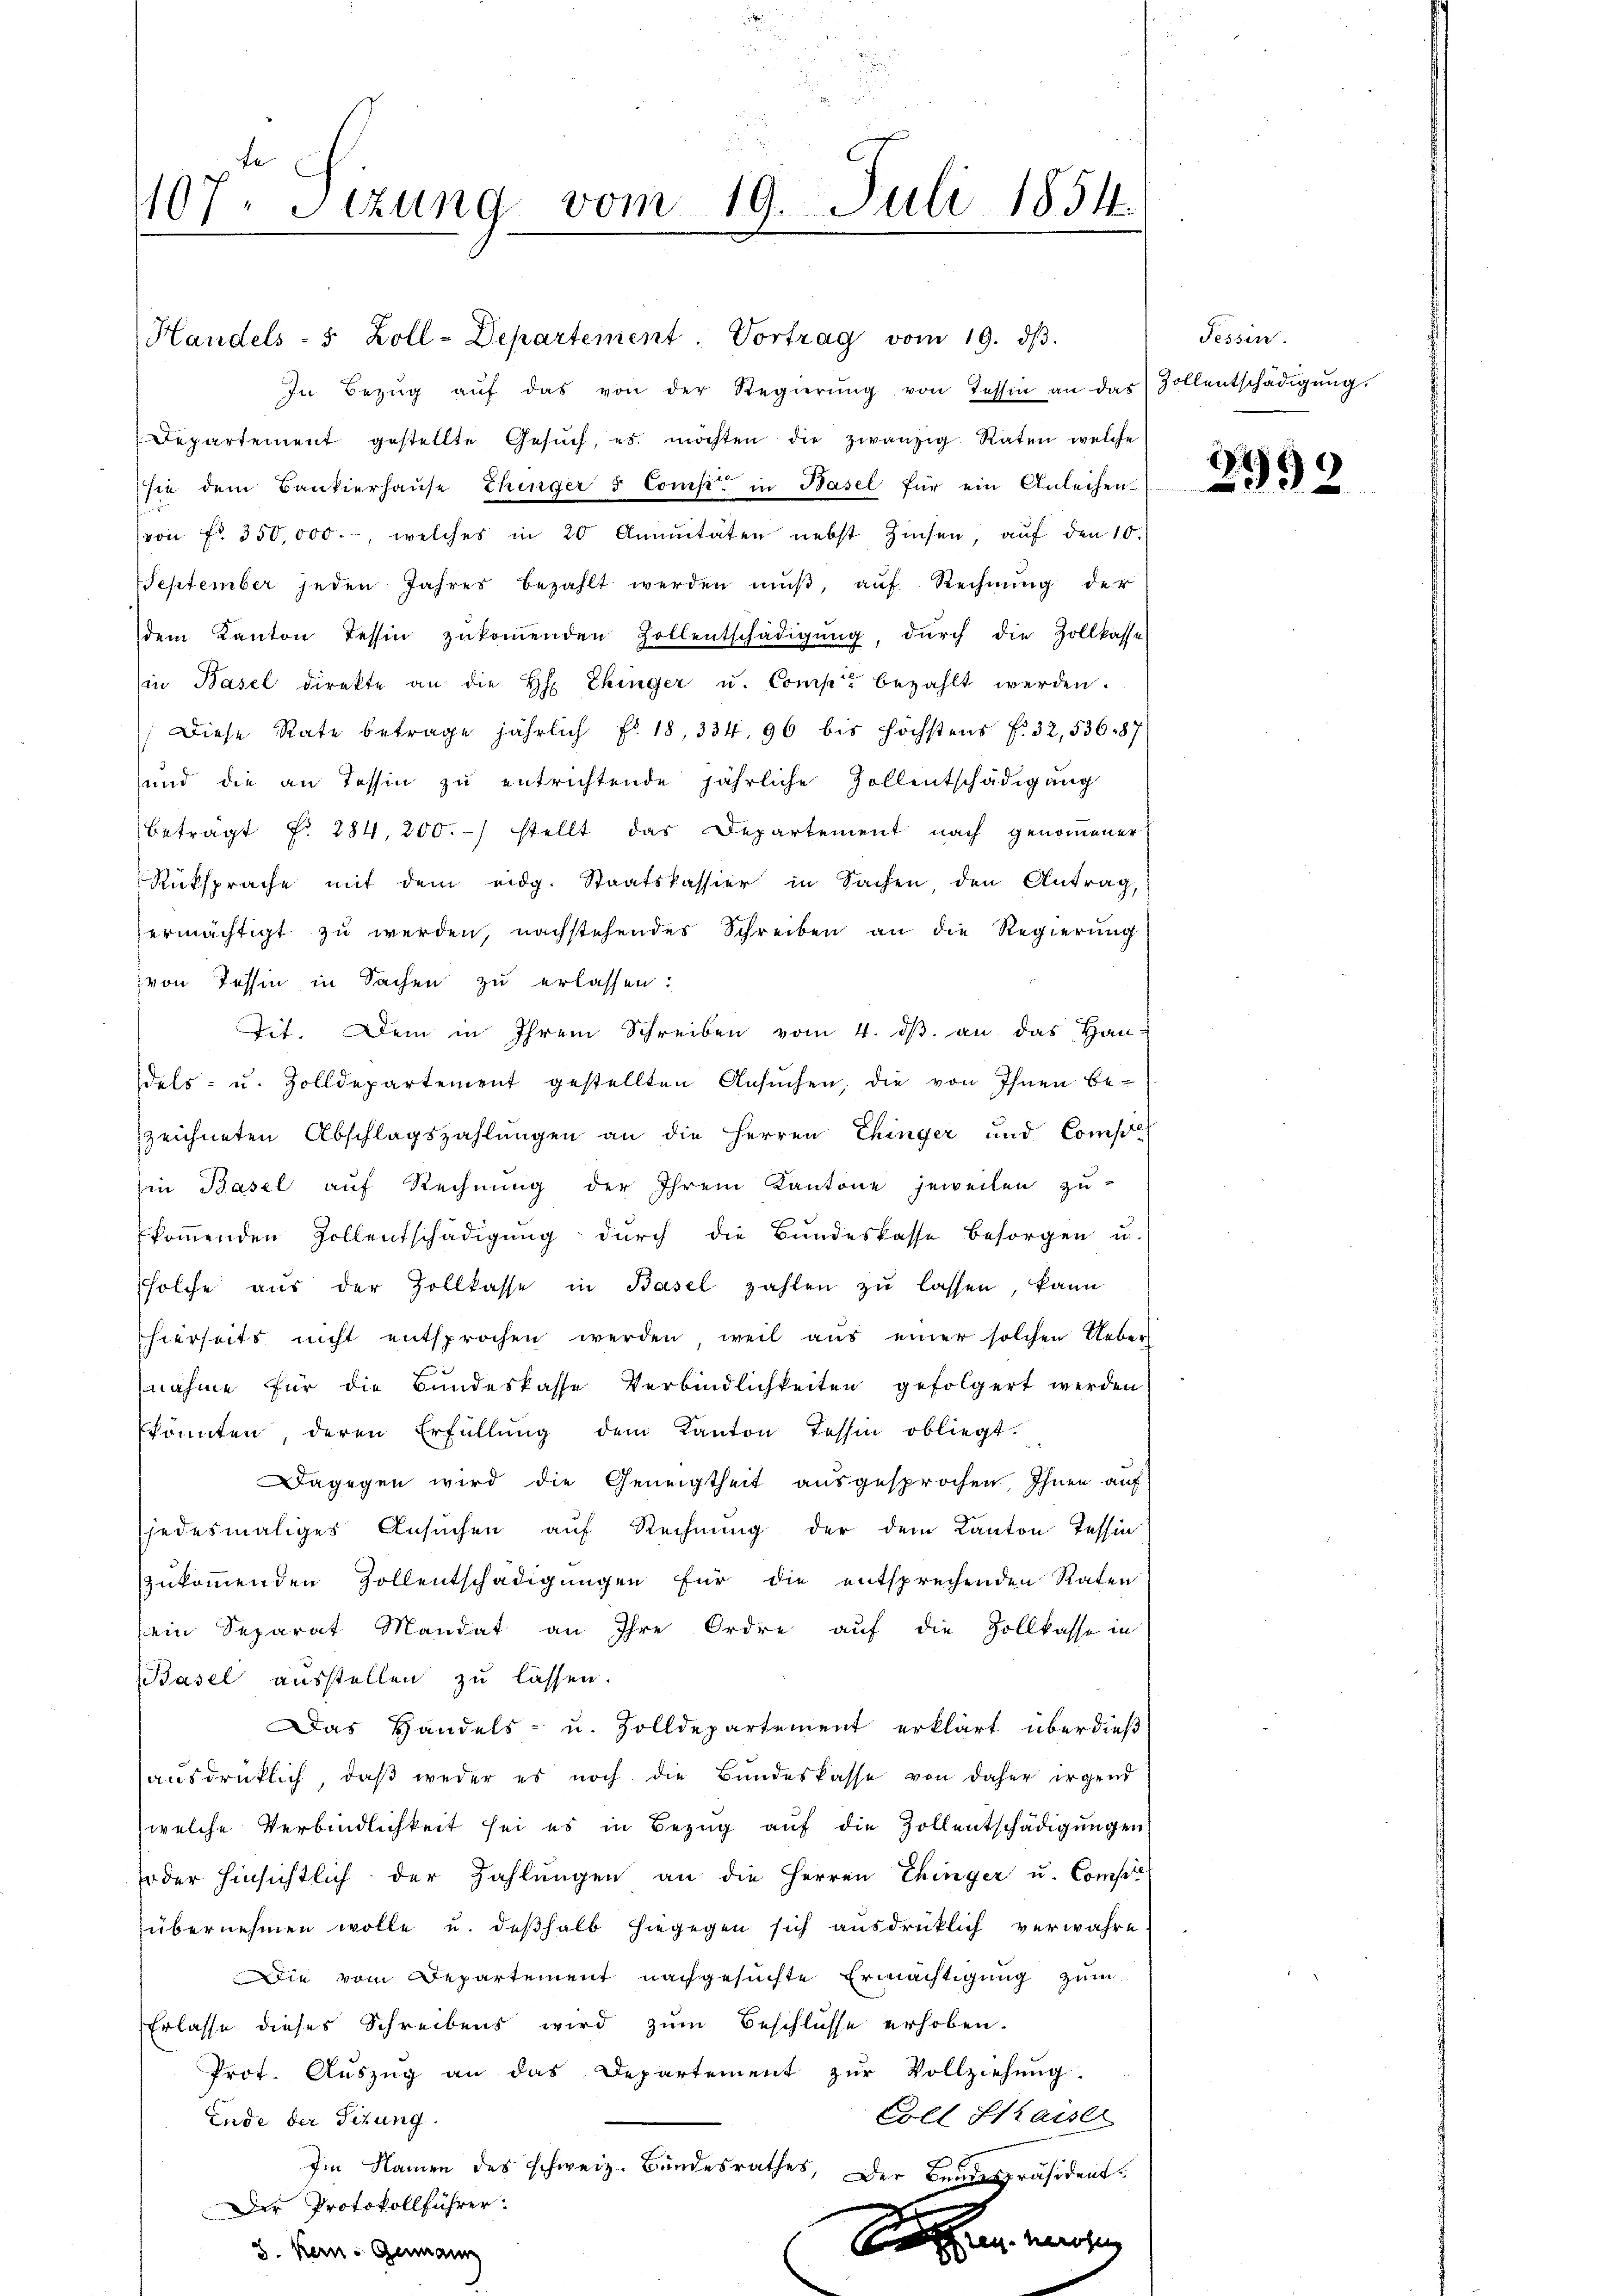
1107. Sizung vom 19. Juli 1854.

Handels- 5 Zoll-Departement. Vortrag vom 19. dβ.
In Bezŭg aŭf das von der Regierŭng von Tessin an das Zollentschädigŭng.
Departement gestellte Gesŭch, es möchten die zwanzig Raten welche
sie dem Bankierhaŭse Ehinger & Comp. in Basel für ein Anleihen-
(von fr. 350,000.-, welches in 20 Annuitäten nebst Zinsen, aŭf den 10.
September jeden Jahres bezahlt werden mŭβ, auf Rechnung der
dem Kanton Tessin zŭkoṁenden Zollentschädigŭng, durch die Zollkasse
in Basel direkte an die H: Ehinger u. Comp. bezahlt werden.
Diese Rate betrage jährlich Fr. 18, 334, 96 bis höchstens f. 32, 53687
sund die an Tessin zŭ entrichtende jährliche Zollentschädigung
betragt Fr. 284, 200.-) stellt das Departement nach genommener
Rüksprache mit dem eidg. Staatskassier in Sachen, den Antrag,
ermächtigt zu werden, nachstehendes Schreiben an die Regierung
von Tessin in Sachen zu erlassen:
Tit. Dem in Ihrem Schreiben vom 4. dβ an das Han-
dels- u. Zolldepartement gestellten Ansŭchen, die von Ihnen be-
zeichneten Abschlagszahlungen an die Herren Ehinger und Cons
hin Basel aŭf Rechnŭng der Ihrem Kantone jeweilen zu-
kommenden Zollentschädigung durch die Bundeskasse besorgen u.
ssolche aus der Zollkasse in Basel zahlen zŭ lassen, kann
hierseits nicht entsprochen werden, weil aŭs einer solchen Ueber
nahme für die Bundeskasse Verbindlichkeiten gefolgert werden
könnten deren Erfüllŭng dem Kanton Tessin obliegt.
agegen wird die Geneigtheit ausgesprochen, Ihnen auf
jedesmaliges Ansuchen auf Rechnung der dem Kanton Tessin
zukommenden Zollentschädigungen für die entsprechenden Raten
ein Separat Mandat an Ihre Ordre auf die Zollkasse in
Basel ausstellen zu lassen.
Das Handels- u. Zolldepartement erklärt überdieß
aŭsdrüklich, daβ weder es noch die Bŭndeskasse von daher irgend
welche Verbindlichkeit sei es in Bezug auf die Zollentschädigungen
oder hinsichtlich der Zahlungen an die Herren Thinger u. Compe
übernehmen wolle u. deßhalb hiegegen sich ausdrücklich verwahre
Die vom Departement nachgesuchte Ermächtigung zum
Erlasse dieses Schreibens wird zum Beschlüsse erhoben.
Prot. Aŭszŭg an das Departement zŭr Vollziehŭng.
Eoll Saiser
Ende der Situng.
Im Namen des schweiz. Bundesrathes, Der Bundespräsident¬
Der Protokollführer:
Sachen werden,
3. Kein Genann

Fessen.

2992